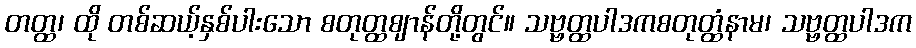
တတ္ထ၊ ထို တစ်ဆယ့်နှစ်ပါးသော စတုတ္ထဈာန်တို့တွင်။ သဗ္ဗတ္ထပါဒကစတုတ္ထံနာမ၊ သဗ္ဗတ္ထပါဒက